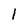
Character: 1